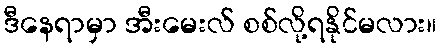
ဒီနေရာမှာ အီးမေးလ် စစ်လို့ရနိုင်မလား။